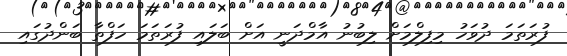
ފުރަތަމަ ދުވަހު މިފިލްމަށް ލިބުނު އާމްދަނީ އަށް ބަލައި ފުރަތަމަ ހަފްތާ ބަންދުގައި